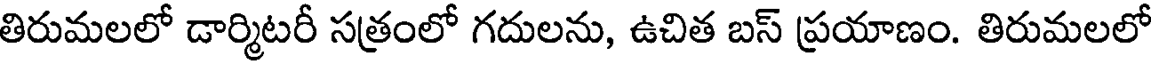
తిరుమలలో డార్మిటరీ సత్రంలో గదులను, ఉచిత బస్ ప్రయాణం. తిరుమలలో